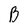
Character: B